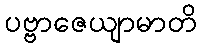
ပဗ္ဗာဇေယျာမာတိ